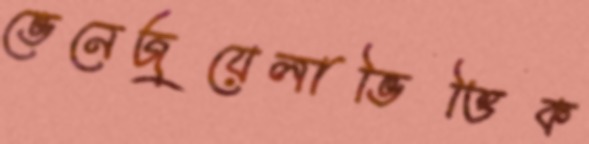
ভেনেজুয়েলাভিত্তিক